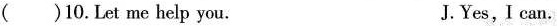
()10.Let me help you. J.Yes,I can.